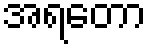
အရတော